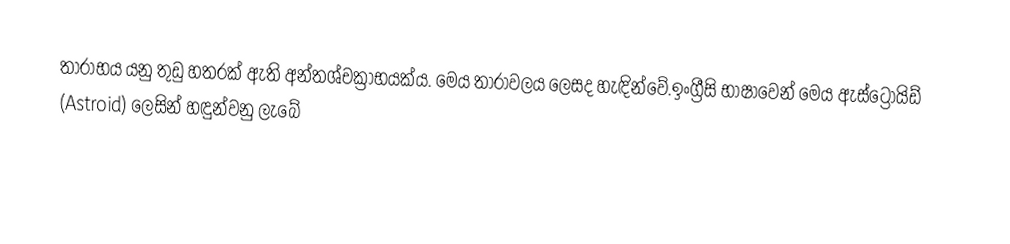
තාරාභය යනු තුඩු හතරක් ඇති අන්තශ්චක්‍රාභයක්ය. මෙය තාරාවලය ලෙසද හැඳින්වේ.ඉංග්‍රීසි භාෂාවෙන් මෙය ඇස්ට්‍රොයිඩ් (Astroid) ලෙසින් හඳුන්වනු ලැබේ